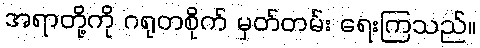
အရာတို့ကို ဂရုတစိုက် မှတ်တမ်း ရေးကြသည်။